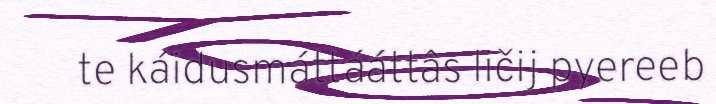
te káidusmáttááttâs ličij pyereeb